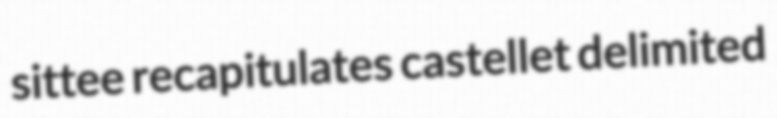
sittee recapitulates castellet delimited